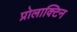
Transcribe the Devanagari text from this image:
प्रोलाक्टिन